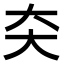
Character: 㚐